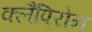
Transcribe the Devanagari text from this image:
क्लैपिरोन